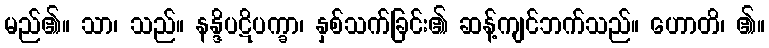
မည်၏။ သာ၊ သည်။ နန္ဒိပဋိပက္ခာ၊ နှစ်သက်ခြင်း၏ ဆန့်ကျင်ဘက်သည်။ ဟောတိ၊ ၏။